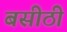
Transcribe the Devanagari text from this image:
बसीठी